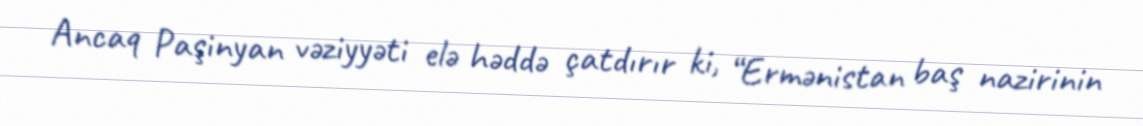
Ancaq Paşinyan vəziyyəti elə həddə çatdırır ki, “Ermənistan baş nazirinin